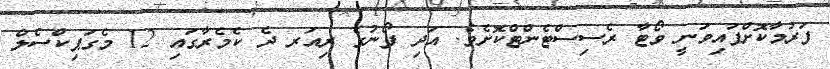
ފަރުމާކޮށްފައިވަނީ ވޯޓާ ރެސިސްޓެންޓްކޮށެވެ. އަދި ފޯނުގެ ރިއަރ ދެ ކެމެރާގައި 12 މެގަޕިކްސެލް